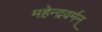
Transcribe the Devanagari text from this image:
महेन्द्रवर्मन्